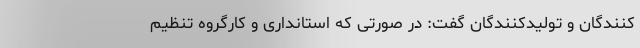
کنندگان و تولیدکنندگان گفت: در صورتی که استانداری و کارگروه تنظیم